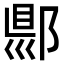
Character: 郻